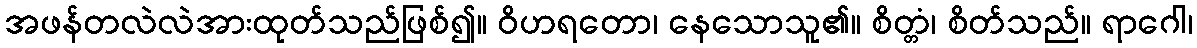
အဖန်တလဲလဲအားထုတ်သည်ဖြစ်၍။ ဝိဟရတော၊ နေသောသူ၏။ စိတ္တံ၊ စိတ်သည်။ ရာဂေါ၊